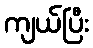
ကျယ်ပြီး